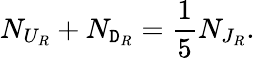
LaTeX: N_{U_{R}}+N_{\mathtt{D}_{R}}=\frac{{1}}{{5}}N_{J_{R}}.